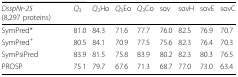
| DsspNr-25 (8,297 proteins) | Q3 | Q3Ho | Q3Eo | Q3Co | sov | sovH | sovE | sovC |
 | --- | --- | --- | --- | --- | --- | --- | --- | --- |
 | SymPred* | 81.0 | 84.3 | 71.6 | 77.7 | 76.0 | 82.5 | 76.9 | 70.7 |
 | SymPred+ | 80.5 | 84.1 | 70.9 | 77.5 | 75.6 | 82.3 | 76.4 | 70.3 |
 | SymPsiPred | 83.9 | 81.5 | 75.8 | 83.9 | 80.2 | 82.3 | 80.3 | 76.5 |
 | PROSP | 75.1 | 79.7 | 67.6 | 71.3 | 68.7 | 77.0 | 73.0 | 63.4 |